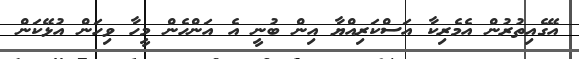
އޭގެއިތުރުން އެމެރިކާ އަސްކަރިއްޔާ އިން ބުނީ އެ އަންހެން މީހާ ވިހަން އުޅޭކަން